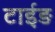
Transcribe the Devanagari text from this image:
टाईड़